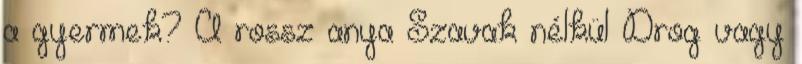
a gyermek? A rossz anya Szavak nélkül Drog vagy